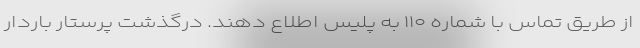
از طریق تماس با شماره ۱۱۰ به پلیس اطلاع دهند. درگذشت پرستار باردار